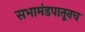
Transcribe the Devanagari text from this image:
सभामंडपातूनच